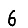
Digit: 6